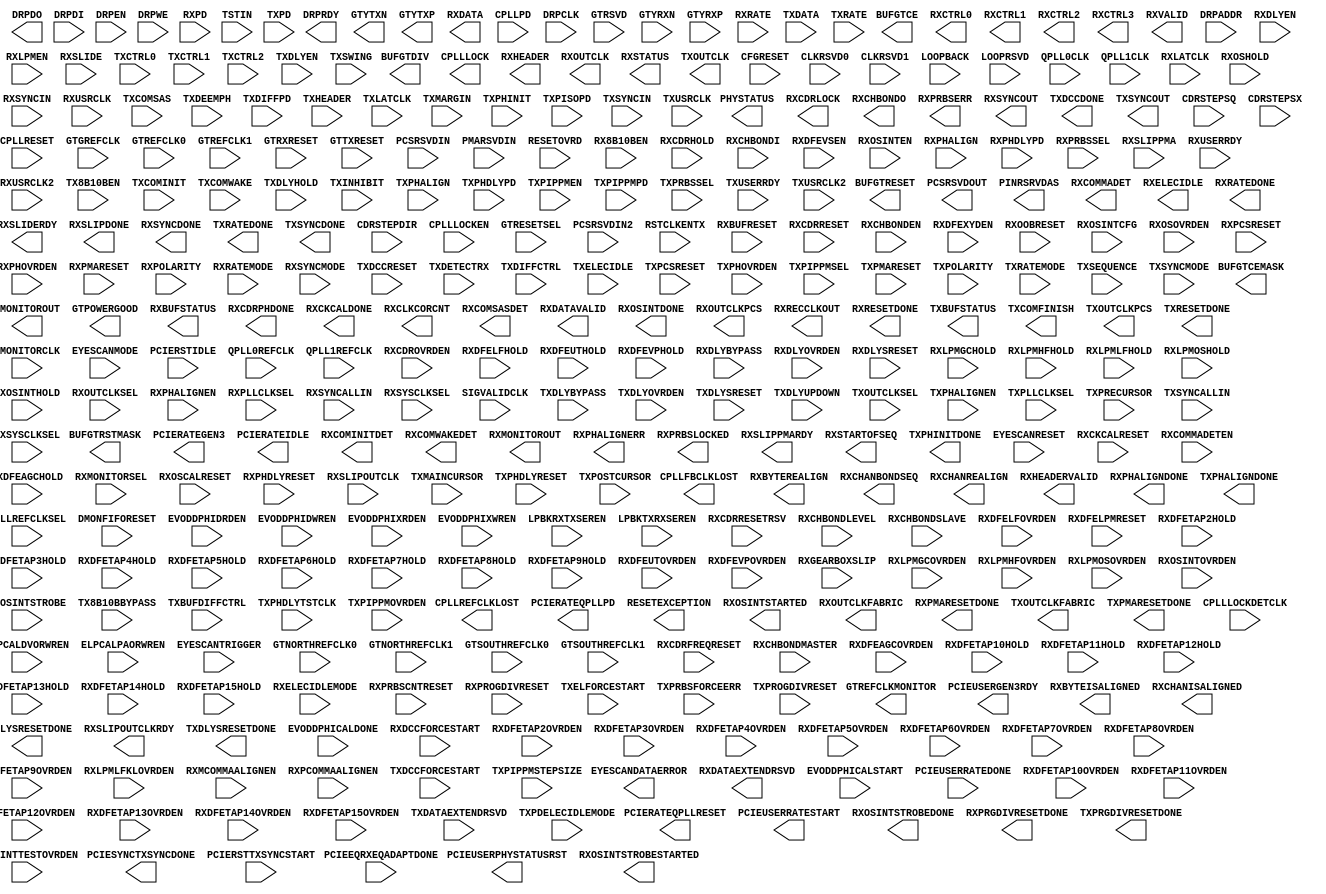
///////////////////////////////////////////////////////////////////////////////
//  Copyright (c) 1995/2015 Xilinx, Inc.
//  All Right Reserved.
///////////////////////////////////////////////////////////////////////////////
//
//   ____   ___
//  /   /\/   / 
// /___/  \  /     Vendor      : Xilinx 
// \   \   \/      Version     : 2015.4
//  \   \          Description : Xilinx Formal Library Component
//  /   /                        
// /___/   /\      Filename    : GTYE3_CHANNEL.v
// \   \  /  \ 
//  \___\/\___\                    
//                                 
///////////////////////////////////////////////////////////////////////////////
//  Revision:
//
//  End Revision:
///////////////////////////////////////////////////////////////////////////////

`timescale 1 ps / 1 ps 

`celldefine

module GTYE3_CHANNEL #(
  `ifdef XIL_TIMING //Simprim 
  parameter LOC = "UNPLACED",  
  `endif
  parameter [0:0] ACJTAG_DEBUG_MODE = 1'b0,
  parameter [0:0] ACJTAG_MODE = 1'b0,
  parameter [0:0] ACJTAG_RESET = 1'b0,
  parameter [15:0] ADAPT_CFG0 = 16'h9200,
  parameter [15:0] ADAPT_CFG1 = 16'h801C,
  parameter [15:0] ADAPT_CFG2 = 16'b0000000000000000,
  parameter ALIGN_COMMA_DOUBLE = "FALSE",
  parameter [9:0] ALIGN_COMMA_ENABLE = 10'b0001111111,
  parameter integer ALIGN_COMMA_WORD = 1,
  parameter ALIGN_MCOMMA_DET = "TRUE",
  parameter [9:0] ALIGN_MCOMMA_VALUE = 10'b1010000011,
  parameter ALIGN_PCOMMA_DET = "TRUE",
  parameter [9:0] ALIGN_PCOMMA_VALUE = 10'b0101111100,
  parameter [0:0] AUTO_BW_SEL_BYPASS = 1'b0,
  parameter [0:0] A_RXOSCALRESET = 1'b0,
  parameter [0:0] A_RXPROGDIVRESET = 1'b0,
  parameter [4:0] A_TXDIFFCTRL = 5'b01100,
  parameter [0:0] A_TXPROGDIVRESET = 1'b0,
  parameter [0:0] CAPBYPASS_FORCE = 1'b0,
  parameter CBCC_DATA_SOURCE_SEL = "DECODED",
  parameter [0:0] CDR_SWAP_MODE_EN = 1'b0,
  parameter CHAN_BOND_KEEP_ALIGN = "FALSE",
  parameter integer CHAN_BOND_MAX_SKEW = 7,
  parameter [9:0] CHAN_BOND_SEQ_1_1 = 10'b0101111100,
  parameter [9:0] CHAN_BOND_SEQ_1_2 = 10'b0000000000,
  parameter [9:0] CHAN_BOND_SEQ_1_3 = 10'b0000000000,
  parameter [9:0] CHAN_BOND_SEQ_1_4 = 10'b0000000000,
  parameter [3:0] CHAN_BOND_SEQ_1_ENABLE = 4'b1111,
  parameter [9:0] CHAN_BOND_SEQ_2_1 = 10'b0100000000,
  parameter [9:0] CHAN_BOND_SEQ_2_2 = 10'b0100000000,
  parameter [9:0] CHAN_BOND_SEQ_2_3 = 10'b0100000000,
  parameter [9:0] CHAN_BOND_SEQ_2_4 = 10'b0100000000,
  parameter [3:0] CHAN_BOND_SEQ_2_ENABLE = 4'b1111,
  parameter CHAN_BOND_SEQ_2_USE = "FALSE",
  parameter integer CHAN_BOND_SEQ_LEN = 2,
  parameter [15:0] CH_HSPMUX = 16'h0000,
  parameter [15:0] CKCAL1_CFG_0 = 16'b0000000000000000,
  parameter [15:0] CKCAL1_CFG_1 = 16'b0000000000000000,
  parameter [15:0] CKCAL1_CFG_2 = 16'b0000000000000000,
  parameter [15:0] CKCAL1_CFG_3 = 16'b0000000000000000,
  parameter [15:0] CKCAL2_CFG_0 = 16'b0000000000000000,
  parameter [15:0] CKCAL2_CFG_1 = 16'b0000000000000000,
  parameter [15:0] CKCAL2_CFG_2 = 16'b0000000000000000,
  parameter [15:0] CKCAL2_CFG_3 = 16'b0000000000000000,
  parameter [15:0] CKCAL2_CFG_4 = 16'b0000000000000000,
  parameter [15:0] CKCAL_RSVD0 = 16'h0000,
  parameter [15:0] CKCAL_RSVD1 = 16'h0000,
  parameter CLK_CORRECT_USE = "TRUE",
  parameter CLK_COR_KEEP_IDLE = "FALSE",
  parameter integer CLK_COR_MAX_LAT = 20,
  parameter integer CLK_COR_MIN_LAT = 18,
  parameter CLK_COR_PRECEDENCE = "TRUE",
  parameter integer CLK_COR_REPEAT_WAIT = 0,
  parameter [9:0] CLK_COR_SEQ_1_1 = 10'b0100011100,
  parameter [9:0] CLK_COR_SEQ_1_2 = 10'b0000000000,
  parameter [9:0] CLK_COR_SEQ_1_3 = 10'b0000000000,
  parameter [9:0] CLK_COR_SEQ_1_4 = 10'b0000000000,
  parameter [3:0] CLK_COR_SEQ_1_ENABLE = 4'b1111,
  parameter [9:0] CLK_COR_SEQ_2_1 = 10'b0100000000,
  parameter [9:0] CLK_COR_SEQ_2_2 = 10'b0100000000,
  parameter [9:0] CLK_COR_SEQ_2_3 = 10'b0100000000,
  parameter [9:0] CLK_COR_SEQ_2_4 = 10'b0100000000,
  parameter [3:0] CLK_COR_SEQ_2_ENABLE = 4'b1111,
  parameter CLK_COR_SEQ_2_USE = "FALSE",
  parameter integer CLK_COR_SEQ_LEN = 2,
  parameter [15:0] CPLL_CFG0 = 16'h20F8,
  parameter [15:0] CPLL_CFG1 = 16'hA494,
  parameter [15:0] CPLL_CFG2 = 16'hF001,
  parameter [5:0] CPLL_CFG3 = 6'h00,
  parameter integer CPLL_FBDIV = 4,
  parameter integer CPLL_FBDIV_45 = 4,
  parameter [15:0] CPLL_INIT_CFG0 = 16'h001E,
  parameter [7:0] CPLL_INIT_CFG1 = 8'h00,
  parameter [15:0] CPLL_LOCK_CFG = 16'h01E8,
  parameter integer CPLL_REFCLK_DIV = 1,
  parameter [2:0] CTLE3_OCAP_EXT_CTRL = 3'b000,
  parameter [0:0] CTLE3_OCAP_EXT_EN = 1'b0,
  parameter [1:0] DDI_CTRL = 2'b00,
  parameter integer DDI_REALIGN_WAIT = 15,
  parameter DEC_MCOMMA_DETECT = "TRUE",
  parameter DEC_PCOMMA_DETECT = "TRUE",
  parameter DEC_VALID_COMMA_ONLY = "TRUE",
  parameter [0:0] DFE_D_X_REL_POS = 1'b0,
  parameter [0:0] DFE_VCM_COMP_EN = 1'b0,
  parameter [9:0] DMONITOR_CFG0 = 10'h000,
  parameter [7:0] DMONITOR_CFG1 = 8'h00,
  parameter [0:0] ES_CLK_PHASE_SEL = 1'b0,
  parameter [5:0] ES_CONTROL = 6'b000000,
  parameter ES_ERRDET_EN = "FALSE",
  parameter ES_EYE_SCAN_EN = "FALSE",
  parameter [11:0] ES_HORZ_OFFSET = 12'h000,
  parameter [9:0] ES_PMA_CFG = 10'b0000000000,
  parameter [4:0] ES_PRESCALE = 5'b00000,
  parameter [15:0] ES_QUALIFIER0 = 16'h0000,
  parameter [15:0] ES_QUALIFIER1 = 16'h0000,
  parameter [15:0] ES_QUALIFIER2 = 16'h0000,
  parameter [15:0] ES_QUALIFIER3 = 16'h0000,
  parameter [15:0] ES_QUALIFIER4 = 16'h0000,
  parameter [15:0] ES_QUALIFIER5 = 16'h0000,
  parameter [15:0] ES_QUALIFIER6 = 16'h0000,
  parameter [15:0] ES_QUALIFIER7 = 16'h0000,
  parameter [15:0] ES_QUALIFIER8 = 16'h0000,
  parameter [15:0] ES_QUALIFIER9 = 16'h0000,
  parameter [15:0] ES_QUAL_MASK0 = 16'h0000,
  parameter [15:0] ES_QUAL_MASK1 = 16'h0000,
  parameter [15:0] ES_QUAL_MASK2 = 16'h0000,
  parameter [15:0] ES_QUAL_MASK3 = 16'h0000,
  parameter [15:0] ES_QUAL_MASK4 = 16'h0000,
  parameter [15:0] ES_QUAL_MASK5 = 16'h0000,
  parameter [15:0] ES_QUAL_MASK6 = 16'h0000,
  parameter [15:0] ES_QUAL_MASK7 = 16'h0000,
  parameter [15:0] ES_QUAL_MASK8 = 16'h0000,
  parameter [15:0] ES_QUAL_MASK9 = 16'h0000,
  parameter [15:0] ES_SDATA_MASK0 = 16'h0000,
  parameter [15:0] ES_SDATA_MASK1 = 16'h0000,
  parameter [15:0] ES_SDATA_MASK2 = 16'h0000,
  parameter [15:0] ES_SDATA_MASK3 = 16'h0000,
  parameter [15:0] ES_SDATA_MASK4 = 16'h0000,
  parameter [15:0] ES_SDATA_MASK5 = 16'h0000,
  parameter [15:0] ES_SDATA_MASK6 = 16'h0000,
  parameter [15:0] ES_SDATA_MASK7 = 16'h0000,
  parameter [15:0] ES_SDATA_MASK8 = 16'h0000,
  parameter [15:0] ES_SDATA_MASK9 = 16'h0000,
  parameter [10:0] EVODD_PHI_CFG = 11'b00000000000,
  parameter [0:0] EYE_SCAN_SWAP_EN = 1'b0,
  parameter [3:0] FTS_DESKEW_SEQ_ENABLE = 4'b1111,
  parameter [3:0] FTS_LANE_DESKEW_CFG = 4'b1111,
  parameter FTS_LANE_DESKEW_EN = "FALSE",
  parameter [4:0] GEARBOX_MODE = 5'b00000,
  parameter [0:0] GM_BIAS_SELECT = 1'b0,
  parameter [0:0] ISCAN_CK_PH_SEL2 = 1'b0,
  parameter [0:0] LOCAL_MASTER = 1'b0,
  parameter [15:0] LOOP0_CFG = 16'h0000,
  parameter [15:0] LOOP10_CFG = 16'h0000,
  parameter [15:0] LOOP11_CFG = 16'h0000,
  parameter [15:0] LOOP12_CFG = 16'h0000,
  parameter [15:0] LOOP13_CFG = 16'h0000,
  parameter [15:0] LOOP1_CFG = 16'h0000,
  parameter [15:0] LOOP2_CFG = 16'h0000,
  parameter [15:0] LOOP3_CFG = 16'h0000,
  parameter [15:0] LOOP4_CFG = 16'h0000,
  parameter [15:0] LOOP5_CFG = 16'h0000,
  parameter [15:0] LOOP6_CFG = 16'h0000,
  parameter [15:0] LOOP7_CFG = 16'h0000,
  parameter [15:0] LOOP8_CFG = 16'h0000,
  parameter [15:0] LOOP9_CFG = 16'h0000,
  parameter [2:0] LPBK_BIAS_CTRL = 3'b000,
  parameter [0:0] LPBK_EN_RCAL_B = 1'b0,
  parameter [3:0] LPBK_EXT_RCAL = 4'b0000,
  parameter [3:0] LPBK_RG_CTRL = 4'b0000,
  parameter [1:0] OOBDIVCTL = 2'b00,
  parameter [0:0] OOB_PWRUP = 1'b0,
  parameter PCI3_AUTO_REALIGN = "FRST_SMPL",
  parameter [0:0] PCI3_PIPE_RX_ELECIDLE = 1'b1,
  parameter [1:0] PCI3_RX_ASYNC_EBUF_BYPASS = 2'b00,
  parameter [0:0] PCI3_RX_ELECIDLE_EI2_ENABLE = 1'b0,
  parameter [5:0] PCI3_RX_ELECIDLE_H2L_COUNT = 6'b000000,
  parameter [2:0] PCI3_RX_ELECIDLE_H2L_DISABLE = 3'b000,
  parameter [5:0] PCI3_RX_ELECIDLE_HI_COUNT = 6'b000000,
  parameter [0:0] PCI3_RX_ELECIDLE_LP4_DISABLE = 1'b0,
  parameter [0:0] PCI3_RX_FIFO_DISABLE = 1'b0,
  parameter [15:0] PCIE_BUFG_DIV_CTRL = 16'h0000,
  parameter [15:0] PCIE_RXPCS_CFG_GEN3 = 16'h0000,
  parameter [15:0] PCIE_RXPMA_CFG = 16'h0000,
  parameter [15:0] PCIE_TXPCS_CFG_GEN3 = 16'h0000,
  parameter [15:0] PCIE_TXPMA_CFG = 16'h0000,
  parameter PCS_PCIE_EN = "FALSE",
  parameter [15:0] PCS_RSVD0 = 16'b0000000000000000,
  parameter [2:0] PCS_RSVD1 = 3'b000,
  parameter [11:0] PD_TRANS_TIME_FROM_P2 = 12'h03C,
  parameter [7:0] PD_TRANS_TIME_NONE_P2 = 8'h19,
  parameter [7:0] PD_TRANS_TIME_TO_P2 = 8'h64,
  parameter [1:0] PLL_SEL_MODE_GEN12 = 2'h0,
  parameter [1:0] PLL_SEL_MODE_GEN3 = 2'h0,
  parameter [15:0] PMA_RSV0 = 16'h0000,
  parameter [15:0] PMA_RSV1 = 16'h0000,
  parameter integer PREIQ_FREQ_BST = 0,
  parameter [2:0] PROCESS_PAR = 3'b010,
  parameter [0:0] RATE_SW_USE_DRP = 1'b0,
  parameter [0:0] RESET_POWERSAVE_DISABLE = 1'b0,
  parameter [4:0] RXBUFRESET_TIME = 5'b00001,
  parameter RXBUF_ADDR_MODE = "FULL",
  parameter [3:0] RXBUF_EIDLE_HI_CNT = 4'b1000,
  parameter [3:0] RXBUF_EIDLE_LO_CNT = 4'b0000,
  parameter RXBUF_EN = "TRUE",
  parameter RXBUF_RESET_ON_CB_CHANGE = "TRUE",
  parameter RXBUF_RESET_ON_COMMAALIGN = "FALSE",
  parameter RXBUF_RESET_ON_EIDLE = "FALSE",
  parameter RXBUF_RESET_ON_RATE_CHANGE = "TRUE",
  parameter integer RXBUF_THRESH_OVFLW = 0,
  parameter RXBUF_THRESH_OVRD = "FALSE",
  parameter integer RXBUF_THRESH_UNDFLW = 4,
  parameter [4:0] RXCDRFREQRESET_TIME = 5'b00001,
  parameter [4:0] RXCDRPHRESET_TIME = 5'b00001,
  parameter [15:0] RXCDR_CFG0 = 16'h0000,
  parameter [15:0] RXCDR_CFG0_GEN3 = 16'h0000,
  parameter [15:0] RXCDR_CFG1 = 16'h0300,
  parameter [15:0] RXCDR_CFG1_GEN3 = 16'h0300,
  parameter [15:0] RXCDR_CFG2 = 16'h0060,
  parameter [15:0] RXCDR_CFG2_GEN3 = 16'h0060,
  parameter [15:0] RXCDR_CFG3 = 16'h0000,
  parameter [15:0] RXCDR_CFG3_GEN3 = 16'h0000,
  parameter [15:0] RXCDR_CFG4 = 16'h0002,
  parameter [15:0] RXCDR_CFG4_GEN3 = 16'h0002,
  parameter [15:0] RXCDR_CFG5 = 16'h0000,
  parameter [15:0] RXCDR_CFG5_GEN3 = 16'h0000,
  parameter [0:0] RXCDR_FR_RESET_ON_EIDLE = 1'b0,
  parameter [0:0] RXCDR_HOLD_DURING_EIDLE = 1'b0,
  parameter [15:0] RXCDR_LOCK_CFG0 = 16'h0001,
  parameter [15:0] RXCDR_LOCK_CFG1 = 16'h0000,
  parameter [15:0] RXCDR_LOCK_CFG2 = 16'h0000,
  parameter [15:0] RXCDR_LOCK_CFG3 = 16'h0000,
  parameter [0:0] RXCDR_PH_RESET_ON_EIDLE = 1'b0,
  parameter [1:0] RXCFOKDONE_SRC = 2'b00,
  parameter [15:0] RXCFOK_CFG0 = 16'h3E00,
  parameter [15:0] RXCFOK_CFG1 = 16'h0042,
  parameter [15:0] RXCFOK_CFG2 = 16'h002D,
  parameter [6:0] RXDFELPMRESET_TIME = 7'b0001111,
  parameter [15:0] RXDFELPM_KL_CFG0 = 16'h0000,
  parameter [15:0] RXDFELPM_KL_CFG1 = 16'h0022,
  parameter [15:0] RXDFELPM_KL_CFG2 = 16'h0100,
  parameter [15:0] RXDFE_CFG0 = 16'h4C00,
  parameter [15:0] RXDFE_CFG1 = 16'h0000,
  parameter [15:0] RXDFE_GC_CFG0 = 16'h1E00,
  parameter [15:0] RXDFE_GC_CFG1 = 16'h1900,
  parameter [15:0] RXDFE_GC_CFG2 = 16'h0000,
  parameter [15:0] RXDFE_H2_CFG0 = 16'h0000,
  parameter [15:0] RXDFE_H2_CFG1 = 16'h0002,
  parameter [15:0] RXDFE_H3_CFG0 = 16'h0000,
  parameter [15:0] RXDFE_H3_CFG1 = 16'h0002,
  parameter [15:0] RXDFE_H4_CFG0 = 16'h0000,
  parameter [15:0] RXDFE_H4_CFG1 = 16'h0003,
  parameter [15:0] RXDFE_H5_CFG0 = 16'h0000,
  parameter [15:0] RXDFE_H5_CFG1 = 16'h0002,
  parameter [15:0] RXDFE_H6_CFG0 = 16'h0000,
  parameter [15:0] RXDFE_H6_CFG1 = 16'h0002,
  parameter [15:0] RXDFE_H7_CFG0 = 16'h0000,
  parameter [15:0] RXDFE_H7_CFG1 = 16'h0002,
  parameter [15:0] RXDFE_H8_CFG0 = 16'h0000,
  parameter [15:0] RXDFE_H8_CFG1 = 16'h0002,
  parameter [15:0] RXDFE_H9_CFG0 = 16'h0000,
  parameter [15:0] RXDFE_H9_CFG1 = 16'h0002,
  parameter [15:0] RXDFE_HA_CFG0 = 16'h0000,
  parameter [15:0] RXDFE_HA_CFG1 = 16'h0002,
  parameter [15:0] RXDFE_HB_CFG0 = 16'h0000,
  parameter [15:0] RXDFE_HB_CFG1 = 16'h0002,
  parameter [15:0] RXDFE_HC_CFG0 = 16'h0000,
  parameter [15:0] RXDFE_HC_CFG1 = 16'h0002,
  parameter [15:0] RXDFE_HD_CFG0 = 16'h0000,
  parameter [15:0] RXDFE_HD_CFG1 = 16'h0002,
  parameter [15:0] RXDFE_HE_CFG0 = 16'h0000,
  parameter [15:0] RXDFE_HE_CFG1 = 16'h0002,
  parameter [15:0] RXDFE_HF_CFG0 = 16'h0000,
  parameter [15:0] RXDFE_HF_CFG1 = 16'h0002,
  parameter [15:0] RXDFE_OS_CFG0 = 16'h0000,
  parameter [15:0] RXDFE_OS_CFG1 = 16'h0200,
  parameter [0:0] RXDFE_PWR_SAVING = 1'b0,
  parameter [15:0] RXDFE_UT_CFG0 = 16'h0000,
  parameter [15:0] RXDFE_UT_CFG1 = 16'h0002,
  parameter [15:0] RXDFE_VP_CFG0 = 16'h0000,
  parameter [15:0] RXDFE_VP_CFG1 = 16'h0022,
  parameter [15:0] RXDLY_CFG = 16'h001F,
  parameter [15:0] RXDLY_LCFG = 16'h0030,
  parameter RXELECIDLE_CFG = "SIGCFG_4",
  parameter integer RXGBOX_FIFO_INIT_RD_ADDR = 4,
  parameter RXGEARBOX_EN = "FALSE",
  parameter [4:0] RXISCANRESET_TIME = 5'b00001,
  parameter [15:0] RXLPM_CFG = 16'h0000,
  parameter [15:0] RXLPM_GC_CFG = 16'h0200,
  parameter [15:0] RXLPM_KH_CFG0 = 16'h0000,
  parameter [15:0] RXLPM_KH_CFG1 = 16'h0002,
  parameter [15:0] RXLPM_OS_CFG0 = 16'h0400,
  parameter [15:0] RXLPM_OS_CFG1 = 16'h0000,
  parameter [8:0] RXOOB_CFG = 9'b000000110,
  parameter RXOOB_CLK_CFG = "PMA",
  parameter [4:0] RXOSCALRESET_TIME = 5'b00011,
  parameter integer RXOUT_DIV = 4,
  parameter [4:0] RXPCSRESET_TIME = 5'b00001,
  parameter [15:0] RXPHBEACON_CFG = 16'h0000,
  parameter [15:0] RXPHDLY_CFG = 16'h2020,
  parameter [15:0] RXPHSAMP_CFG = 16'h2100,
  parameter [15:0] RXPHSLIP_CFG = 16'h9933,
  parameter [4:0] RXPH_MONITOR_SEL = 5'b00000,
  parameter [0:0] RXPI_AUTO_BW_SEL_BYPASS = 1'b0,
  parameter [15:0] RXPI_CFG = 16'h0100,
  parameter [0:0] RXPI_LPM = 1'b0,
  parameter [15:0] RXPI_RSV0 = 16'h0000,
  parameter [1:0] RXPI_SEL_LC = 2'b00,
  parameter [1:0] RXPI_STARTCODE = 2'b00,
  parameter [0:0] RXPI_VREFSEL = 1'b0,
  parameter RXPMACLK_SEL = "DATA",
  parameter [4:0] RXPMARESET_TIME = 5'b00001,
  parameter [0:0] RXPRBS_ERR_LOOPBACK = 1'b0,
  parameter integer RXPRBS_LINKACQ_CNT = 15,
  parameter integer RXSLIDE_AUTO_WAIT = 7,
  parameter RXSLIDE_MODE = "OFF",
  parameter [0:0] RXSYNC_MULTILANE = 1'b0,
  parameter [0:0] RXSYNC_OVRD = 1'b0,
  parameter [0:0] RXSYNC_SKIP_DA = 1'b0,
  parameter [0:0] RX_AFE_CM_EN = 1'b0,
  parameter [15:0] RX_BIAS_CFG0 = 16'h1534,
  parameter [5:0] RX_BUFFER_CFG = 6'b000000,
  parameter [0:0] RX_CAPFF_SARC_ENB = 1'b0,
  parameter integer RX_CLK25_DIV = 8,
  parameter [0:0] RX_CLKMUX_EN = 1'b1,
  parameter [4:0] RX_CLK_SLIP_OVRD = 5'b00000,
  parameter [3:0] RX_CM_BUF_CFG = 4'b1010,
  parameter [0:0] RX_CM_BUF_PD = 1'b0,
  parameter integer RX_CM_SEL = 3,
  parameter integer RX_CM_TRIM = 10,
  parameter [0:0] RX_CTLE1_KHKL = 1'b0,
  parameter [0:0] RX_CTLE2_KHKL = 1'b0,
  parameter [0:0] RX_CTLE3_AGC = 1'b0,
  parameter integer RX_DATA_WIDTH = 20,
  parameter [5:0] RX_DDI_SEL = 6'b000000,
  parameter RX_DEFER_RESET_BUF_EN = "TRUE",
  parameter [2:0] RX_DEGEN_CTRL = 3'b010,
  parameter integer RX_DFELPM_CFG0 = 6,
  parameter [0:0] RX_DFELPM_CFG1 = 1'b0,
  parameter [0:0] RX_DFELPM_KLKH_AGC_STUP_EN = 1'b1,
  parameter [1:0] RX_DFE_AGC_CFG0 = 2'b00,
  parameter integer RX_DFE_AGC_CFG1 = 4,
  parameter integer RX_DFE_KL_LPM_KH_CFG0 = 1,
  parameter integer RX_DFE_KL_LPM_KH_CFG1 = 2,
  parameter [1:0] RX_DFE_KL_LPM_KL_CFG0 = 2'b01,
  parameter [2:0] RX_DFE_KL_LPM_KL_CFG1 = 3'b010,
  parameter [0:0] RX_DFE_LPM_HOLD_DURING_EIDLE = 1'b0,
  parameter RX_DISPERR_SEQ_MATCH = "TRUE",
  parameter [0:0] RX_DIV2_MODE_B = 1'b0,
  parameter [4:0] RX_DIVRESET_TIME = 5'b00001,
  parameter [0:0] RX_EN_CTLE_RCAL_B = 1'b0,
  parameter [0:0] RX_EN_HI_LR = 1'b0,
  parameter [8:0] RX_EXT_RL_CTRL = 9'b000000000,
  parameter [6:0] RX_EYESCAN_VS_CODE = 7'b0000000,
  parameter [0:0] RX_EYESCAN_VS_NEG_DIR = 1'b0,
  parameter [1:0] RX_EYESCAN_VS_RANGE = 2'b00,
  parameter [0:0] RX_EYESCAN_VS_UT_SIGN = 1'b0,
  parameter [0:0] RX_FABINT_USRCLK_FLOP = 1'b0,
  parameter integer RX_INT_DATAWIDTH = 1,
  parameter [0:0] RX_PMA_POWER_SAVE = 1'b0,
  parameter real RX_PROGDIV_CFG = 0.0,
  parameter [15:0] RX_PROGDIV_RATE = 16'h0001,
  parameter [3:0] RX_RESLOAD_CTRL = 4'b0000,
  parameter [0:0] RX_RESLOAD_OVRD = 1'b0,
  parameter [2:0] RX_SAMPLE_PERIOD = 3'b101,
  parameter integer RX_SIG_VALID_DLY = 11,
  parameter [0:0] RX_SUM_DFETAPREP_EN = 1'b0,
  parameter [3:0] RX_SUM_IREF_TUNE = 4'b0000,
  parameter [3:0] RX_SUM_VCMTUNE = 4'b1000,
  parameter [0:0] RX_SUM_VCM_OVWR = 1'b0,
  parameter [2:0] RX_SUM_VREF_TUNE = 3'b100,
  parameter [1:0] RX_TUNE_AFE_OS = 2'b00,
  parameter [2:0] RX_VREG_CTRL = 3'b101,
  parameter [0:0] RX_VREG_PDB = 1'b1,
  parameter [1:0] RX_WIDEMODE_CDR = 2'b01,
  parameter RX_XCLK_SEL = "RXDES",
  parameter [0:0] RX_XMODE_SEL = 1'b0,
  parameter integer SAS_MAX_COM = 64,
  parameter integer SAS_MIN_COM = 36,
  parameter [3:0] SATA_BURST_SEQ_LEN = 4'b1111,
  parameter [2:0] SATA_BURST_VAL = 3'b100,
  parameter SATA_CPLL_CFG = "VCO_3000MHZ",
  parameter [2:0] SATA_EIDLE_VAL = 3'b100,
  parameter integer SATA_MAX_BURST = 8,
  parameter integer SATA_MAX_INIT = 21,
  parameter integer SATA_MAX_WAKE = 7,
  parameter integer SATA_MIN_BURST = 4,
  parameter integer SATA_MIN_INIT = 12,
  parameter integer SATA_MIN_WAKE = 4,
  parameter SHOW_REALIGN_COMMA = "TRUE",
  parameter SIM_MODE = "FAST",
  parameter SIM_RECEIVER_DETECT_PASS = "TRUE",
  parameter SIM_RESET_SPEEDUP = "TRUE",
  parameter [0:0] SIM_TX_EIDLE_DRIVE_LEVEL = 1'b0,
  parameter integer SIM_VERSION = 2,
  parameter [1:0] TAPDLY_SET_TX = 2'h0,
  parameter [3:0] TEMPERATURE_PAR = 4'b0010,
  parameter [14:0] TERM_RCAL_CFG = 15'b100001000010000,
  parameter [2:0] TERM_RCAL_OVRD = 3'b000,
  parameter [7:0] TRANS_TIME_RATE = 8'h0E,
  parameter [7:0] TST_RSV0 = 8'h00,
  parameter [7:0] TST_RSV1 = 8'h00,
  parameter TXBUF_EN = "TRUE",
  parameter TXBUF_RESET_ON_RATE_CHANGE = "FALSE",
  parameter [15:0] TXDLY_CFG = 16'h001F,
  parameter [15:0] TXDLY_LCFG = 16'h0030,
  parameter TXFIFO_ADDR_CFG = "LOW",
  parameter integer TXGBOX_FIFO_INIT_RD_ADDR = 4,
  parameter TXGEARBOX_EN = "FALSE",
  parameter integer TXOUT_DIV = 4,
  parameter [4:0] TXPCSRESET_TIME = 5'b00001,
  parameter [15:0] TXPHDLY_CFG0 = 16'h2020,
  parameter [15:0] TXPHDLY_CFG1 = 16'h0001,
  parameter [15:0] TXPH_CFG = 16'h0123,
  parameter [15:0] TXPH_CFG2 = 16'h0000,
  parameter [4:0] TXPH_MONITOR_SEL = 5'b00000,
  parameter [1:0] TXPI_CFG0 = 2'b00,
  parameter [1:0] TXPI_CFG1 = 2'b00,
  parameter [1:0] TXPI_CFG2 = 2'b00,
  parameter [0:0] TXPI_CFG3 = 1'b0,
  parameter [0:0] TXPI_CFG4 = 1'b1,
  parameter [2:0] TXPI_CFG5 = 3'b000,
  parameter [0:0] TXPI_GRAY_SEL = 1'b0,
  parameter [0:0] TXPI_INVSTROBE_SEL = 1'b0,
  parameter [0:0] TXPI_LPM = 1'b0,
  parameter TXPI_PPMCLK_SEL = "TXUSRCLK2",
  parameter [7:0] TXPI_PPM_CFG = 8'b00000000,
  parameter [15:0] TXPI_RSV0 = 16'h0000,
  parameter [2:0] TXPI_SYNFREQ_PPM = 3'b000,
  parameter [0:0] TXPI_VREFSEL = 1'b0,
  parameter [4:0] TXPMARESET_TIME = 5'b00001,
  parameter [0:0] TXSYNC_MULTILANE = 1'b0,
  parameter [0:0] TXSYNC_OVRD = 1'b0,
  parameter [0:0] TXSYNC_SKIP_DA = 1'b0,
  parameter integer TX_CLK25_DIV = 8,
  parameter [0:0] TX_CLKMUX_EN = 1'b1,
  parameter [0:0] TX_CLKREG_PDB = 1'b0,
  parameter [2:0] TX_CLKREG_SET = 3'b000,
  parameter integer TX_DATA_WIDTH = 20,
  parameter [5:0] TX_DCD_CFG = 6'b000010,
  parameter [0:0] TX_DCD_EN = 1'b0,
  parameter [5:0] TX_DEEMPH0 = 6'b000000,
  parameter [5:0] TX_DEEMPH1 = 6'b000000,
  parameter [4:0] TX_DIVRESET_TIME = 5'b00001,
  parameter TX_DRIVE_MODE = "DIRECT",
  parameter integer TX_DRVMUX_CTRL = 2,
  parameter [2:0] TX_EIDLE_ASSERT_DELAY = 3'b110,
  parameter [2:0] TX_EIDLE_DEASSERT_DELAY = 3'b100,
  parameter [0:0] TX_EML_PHI_TUNE = 1'b0,
  parameter [0:0] TX_FABINT_USRCLK_FLOP = 1'b0,
  parameter [0:0] TX_FIFO_BYP_EN = 1'b0,
  parameter [0:0] TX_IDLE_DATA_ZERO = 1'b0,
  parameter integer TX_INT_DATAWIDTH = 1,
  parameter TX_LOOPBACK_DRIVE_HIZ = "FALSE",
  parameter [0:0] TX_MAINCURSOR_SEL = 1'b0,
  parameter [6:0] TX_MARGIN_FULL_0 = 7'b1001110,
  parameter [6:0] TX_MARGIN_FULL_1 = 7'b1001001,
  parameter [6:0] TX_MARGIN_FULL_2 = 7'b1000101,
  parameter [6:0] TX_MARGIN_FULL_3 = 7'b1000010,
  parameter [6:0] TX_MARGIN_FULL_4 = 7'b1000000,
  parameter [6:0] TX_MARGIN_LOW_0 = 7'b1000110,
  parameter [6:0] TX_MARGIN_LOW_1 = 7'b1000100,
  parameter [6:0] TX_MARGIN_LOW_2 = 7'b1000010,
  parameter [6:0] TX_MARGIN_LOW_3 = 7'b1000000,
  parameter [6:0] TX_MARGIN_LOW_4 = 7'b1000000,
  parameter [2:0] TX_MODE_SEL = 3'b000,
  parameter [15:0] TX_PHICAL_CFG0 = 16'h0000,
  parameter [15:0] TX_PHICAL_CFG1 = 16'h7E00,
  parameter [15:0] TX_PHICAL_CFG2 = 16'h0000,
  parameter integer TX_PI_BIASSET = 0,
  parameter [15:0] TX_PI_CFG0 = 16'h0000,
  parameter [15:0] TX_PI_CFG1 = 16'h0000,
  parameter [0:0] TX_PI_DIV2_MODE_B = 1'b0,
  parameter [0:0] TX_PI_SEL_QPLL0 = 1'b0,
  parameter [0:0] TX_PI_SEL_QPLL1 = 1'b0,
  parameter [0:0] TX_PMADATA_OPT = 1'b0,
  parameter [0:0] TX_PMA_POWER_SAVE = 1'b0,
  parameter integer TX_PREDRV_CTRL = 2,
  parameter TX_PROGCLK_SEL = "POSTPI",
  parameter real TX_PROGDIV_CFG = 0.0,
  parameter [15:0] TX_PROGDIV_RATE = 16'h0001,
  parameter [13:0] TX_RXDETECT_CFG = 14'h0032,
  parameter integer TX_RXDETECT_REF = 4,
  parameter [2:0] TX_SAMPLE_PERIOD = 3'b101,
  parameter [0:0] TX_SARC_LPBK_ENB = 1'b0,
  parameter TX_XCLK_SEL = "TXOUT",
  parameter [0:0] USE_PCS_CLK_PHASE_SEL = 1'b0
)(
  output [2:0] BUFGTCE,
  output [2:0] BUFGTCEMASK,
  output [8:0] BUFGTDIV,
  output [2:0] BUFGTRESET,
  output [2:0] BUFGTRSTMASK,
  output CPLLFBCLKLOST,
  output CPLLLOCK,
  output CPLLREFCLKLOST,
  output [16:0] DMONITOROUT,
  output [15:0] DRPDO,
  output DRPRDY,
  output EYESCANDATAERROR,
  output GTPOWERGOOD,
  output GTREFCLKMONITOR,
  output GTYTXN,
  output GTYTXP,
  output PCIERATEGEN3,
  output PCIERATEIDLE,
  output [1:0] PCIERATEQPLLPD,
  output [1:0] PCIERATEQPLLRESET,
  output PCIESYNCTXSYNCDONE,
  output PCIEUSERGEN3RDY,
  output PCIEUSERPHYSTATUSRST,
  output PCIEUSERRATESTART,
  output [15:0] PCSRSVDOUT,
  output PHYSTATUS,
  output [7:0] PINRSRVDAS,
  output RESETEXCEPTION,
  output [2:0] RXBUFSTATUS,
  output RXBYTEISALIGNED,
  output RXBYTEREALIGN,
  output RXCDRLOCK,
  output RXCDRPHDONE,
  output RXCHANBONDSEQ,
  output RXCHANISALIGNED,
  output RXCHANREALIGN,
  output [4:0] RXCHBONDO,
  output RXCKCALDONE,
  output [1:0] RXCLKCORCNT,
  output RXCOMINITDET,
  output RXCOMMADET,
  output RXCOMSASDET,
  output RXCOMWAKEDET,
  output [15:0] RXCTRL0,
  output [15:0] RXCTRL1,
  output [7:0] RXCTRL2,
  output [7:0] RXCTRL3,
  output [127:0] RXDATA,
  output [7:0] RXDATAEXTENDRSVD,
  output [1:0] RXDATAVALID,
  output RXDLYSRESETDONE,
  output RXELECIDLE,
  output [5:0] RXHEADER,
  output [1:0] RXHEADERVALID,
  output [6:0] RXMONITOROUT,
  output RXOSINTDONE,
  output RXOSINTSTARTED,
  output RXOSINTSTROBEDONE,
  output RXOSINTSTROBESTARTED,
  output RXOUTCLK,
  output RXOUTCLKFABRIC,
  output RXOUTCLKPCS,
  output RXPHALIGNDONE,
  output RXPHALIGNERR,
  output RXPMARESETDONE,
  output RXPRBSERR,
  output RXPRBSLOCKED,
  output RXPRGDIVRESETDONE,
  output RXRATEDONE,
  output RXRECCLKOUT,
  output RXRESETDONE,
  output RXSLIDERDY,
  output RXSLIPDONE,
  output RXSLIPOUTCLKRDY,
  output RXSLIPPMARDY,
  output [1:0] RXSTARTOFSEQ,
  output [2:0] RXSTATUS,
  output RXSYNCDONE,
  output RXSYNCOUT,
  output RXVALID,
  output [1:0] TXBUFSTATUS,
  output TXCOMFINISH,
  output TXDCCDONE,
  output TXDLYSRESETDONE,
  output TXOUTCLK,
  output TXOUTCLKFABRIC,
  output TXOUTCLKPCS,
  output TXPHALIGNDONE,
  output TXPHINITDONE,
  output TXPMARESETDONE,
  output TXPRGDIVRESETDONE,
  output TXRATEDONE,
  output TXRESETDONE,
  output TXSYNCDONE,
  output TXSYNCOUT,

  input CDRSTEPDIR,
  input CDRSTEPSQ,
  input CDRSTEPSX,
  input CFGRESET,
  input CLKRSVD0,
  input CLKRSVD1,
  input CPLLLOCKDETCLK,
  input CPLLLOCKEN,
  input CPLLPD,
  input [2:0] CPLLREFCLKSEL,
  input CPLLRESET,
  input DMONFIFORESET,
  input DMONITORCLK,
  input [9:0] DRPADDR,
  input DRPCLK,
  input [15:0] DRPDI,
  input DRPEN,
  input DRPWE,
  input ELPCALDVORWREN,
  input ELPCALPAORWREN,
  input EVODDPHICALDONE,
  input EVODDPHICALSTART,
  input EVODDPHIDRDEN,
  input EVODDPHIDWREN,
  input EVODDPHIXRDEN,
  input EVODDPHIXWREN,
  input EYESCANMODE,
  input EYESCANRESET,
  input EYESCANTRIGGER,
  input GTGREFCLK,
  input GTNORTHREFCLK0,
  input GTNORTHREFCLK1,
  input GTREFCLK0,
  input GTREFCLK1,
  input GTRESETSEL,
  input [15:0] GTRSVD,
  input GTRXRESET,
  input GTSOUTHREFCLK0,
  input GTSOUTHREFCLK1,
  input GTTXRESET,
  input GTYRXN,
  input GTYRXP,
  input [2:0] LOOPBACK,
  input [15:0] LOOPRSVD,
  input LPBKRXTXSEREN,
  input LPBKTXRXSEREN,
  input PCIEEQRXEQADAPTDONE,
  input PCIERSTIDLE,
  input PCIERSTTXSYNCSTART,
  input PCIEUSERRATEDONE,
  input [15:0] PCSRSVDIN,
  input [4:0] PCSRSVDIN2,
  input [4:0] PMARSVDIN,
  input QPLL0CLK,
  input QPLL0REFCLK,
  input QPLL1CLK,
  input QPLL1REFCLK,
  input RESETOVRD,
  input RSTCLKENTX,
  input RX8B10BEN,
  input RXBUFRESET,
  input RXCDRFREQRESET,
  input RXCDRHOLD,
  input RXCDROVRDEN,
  input RXCDRRESET,
  input RXCDRRESETRSV,
  input RXCHBONDEN,
  input [4:0] RXCHBONDI,
  input [2:0] RXCHBONDLEVEL,
  input RXCHBONDMASTER,
  input RXCHBONDSLAVE,
  input RXCKCALRESET,
  input RXCOMMADETEN,
  input RXDCCFORCESTART,
  input RXDFEAGCHOLD,
  input RXDFEAGCOVRDEN,
  input RXDFELFHOLD,
  input RXDFELFOVRDEN,
  input RXDFELPMRESET,
  input RXDFETAP10HOLD,
  input RXDFETAP10OVRDEN,
  input RXDFETAP11HOLD,
  input RXDFETAP11OVRDEN,
  input RXDFETAP12HOLD,
  input RXDFETAP12OVRDEN,
  input RXDFETAP13HOLD,
  input RXDFETAP13OVRDEN,
  input RXDFETAP14HOLD,
  input RXDFETAP14OVRDEN,
  input RXDFETAP15HOLD,
  input RXDFETAP15OVRDEN,
  input RXDFETAP2HOLD,
  input RXDFETAP2OVRDEN,
  input RXDFETAP3HOLD,
  input RXDFETAP3OVRDEN,
  input RXDFETAP4HOLD,
  input RXDFETAP4OVRDEN,
  input RXDFETAP5HOLD,
  input RXDFETAP5OVRDEN,
  input RXDFETAP6HOLD,
  input RXDFETAP6OVRDEN,
  input RXDFETAP7HOLD,
  input RXDFETAP7OVRDEN,
  input RXDFETAP8HOLD,
  input RXDFETAP8OVRDEN,
  input RXDFETAP9HOLD,
  input RXDFETAP9OVRDEN,
  input RXDFEUTHOLD,
  input RXDFEUTOVRDEN,
  input RXDFEVPHOLD,
  input RXDFEVPOVRDEN,
  input RXDFEVSEN,
  input RXDFEXYDEN,
  input RXDLYBYPASS,
  input RXDLYEN,
  input RXDLYOVRDEN,
  input RXDLYSRESET,
  input [1:0] RXELECIDLEMODE,
  input RXGEARBOXSLIP,
  input RXLATCLK,
  input RXLPMEN,
  input RXLPMGCHOLD,
  input RXLPMGCOVRDEN,
  input RXLPMHFHOLD,
  input RXLPMHFOVRDEN,
  input RXLPMLFHOLD,
  input RXLPMLFKLOVRDEN,
  input RXLPMOSHOLD,
  input RXLPMOSOVRDEN,
  input RXMCOMMAALIGNEN,
  input [1:0] RXMONITORSEL,
  input RXOOBRESET,
  input RXOSCALRESET,
  input RXOSHOLD,
  input [3:0] RXOSINTCFG,
  input RXOSINTEN,
  input RXOSINTHOLD,
  input RXOSINTOVRDEN,
  input RXOSINTSTROBE,
  input RXOSINTTESTOVRDEN,
  input RXOSOVRDEN,
  input [2:0] RXOUTCLKSEL,
  input RXPCOMMAALIGNEN,
  input RXPCSRESET,
  input [1:0] RXPD,
  input RXPHALIGN,
  input RXPHALIGNEN,
  input RXPHDLYPD,
  input RXPHDLYRESET,
  input RXPHOVRDEN,
  input [1:0] RXPLLCLKSEL,
  input RXPMARESET,
  input RXPOLARITY,
  input RXPRBSCNTRESET,
  input [3:0] RXPRBSSEL,
  input RXPROGDIVRESET,
  input [2:0] RXRATE,
  input RXRATEMODE,
  input RXSLIDE,
  input RXSLIPOUTCLK,
  input RXSLIPPMA,
  input RXSYNCALLIN,
  input RXSYNCIN,
  input RXSYNCMODE,
  input [1:0] RXSYSCLKSEL,
  input RXUSERRDY,
  input RXUSRCLK,
  input RXUSRCLK2,
  input SIGVALIDCLK,
  input [19:0] TSTIN,
  input [7:0] TX8B10BBYPASS,
  input TX8B10BEN,
  input [2:0] TXBUFDIFFCTRL,
  input TXCOMINIT,
  input TXCOMSAS,
  input TXCOMWAKE,
  input [15:0] TXCTRL0,
  input [15:0] TXCTRL1,
  input [7:0] TXCTRL2,
  input [127:0] TXDATA,
  input [7:0] TXDATAEXTENDRSVD,
  input TXDCCFORCESTART,
  input TXDCCRESET,
  input TXDEEMPH,
  input TXDETECTRX,
  input [4:0] TXDIFFCTRL,
  input TXDIFFPD,
  input TXDLYBYPASS,
  input TXDLYEN,
  input TXDLYHOLD,
  input TXDLYOVRDEN,
  input TXDLYSRESET,
  input TXDLYUPDOWN,
  input TXELECIDLE,
  input TXELFORCESTART,
  input [5:0] TXHEADER,
  input TXINHIBIT,
  input TXLATCLK,
  input [6:0] TXMAINCURSOR,
  input [2:0] TXMARGIN,
  input [2:0] TXOUTCLKSEL,
  input TXPCSRESET,
  input [1:0] TXPD,
  input TXPDELECIDLEMODE,
  input TXPHALIGN,
  input TXPHALIGNEN,
  input TXPHDLYPD,
  input TXPHDLYRESET,
  input TXPHDLYTSTCLK,
  input TXPHINIT,
  input TXPHOVRDEN,
  input TXPIPPMEN,
  input TXPIPPMOVRDEN,
  input TXPIPPMPD,
  input TXPIPPMSEL,
  input [4:0] TXPIPPMSTEPSIZE,
  input TXPISOPD,
  input [1:0] TXPLLCLKSEL,
  input TXPMARESET,
  input TXPOLARITY,
  input [4:0] TXPOSTCURSOR,
  input TXPRBSFORCEERR,
  input [3:0] TXPRBSSEL,
  input [4:0] TXPRECURSOR,
  input TXPROGDIVRESET,
  input [2:0] TXRATE,
  input TXRATEMODE,
  input [6:0] TXSEQUENCE,
  input TXSWING,
  input TXSYNCALLIN,
  input TXSYNCIN,
  input TXSYNCMODE,
  input [1:0] TXSYSCLKSEL,
  input TXUSERRDY,
  input TXUSRCLK,
  input TXUSRCLK2
);

endmodule

`endcelldefine